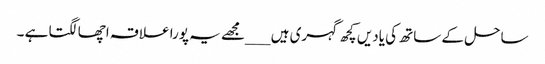
ساحل کے ساتھ کی یادیں کچھ گہری ہیں ___مجھے یہ پورا علاقہ اچھا لگتا ہے ۔